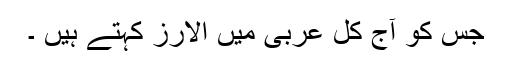
جس کو آج کل عربی میں الارز کہتے ہیں ۔